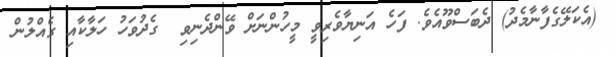
(އެކަލޭގެފާނާމެދު) ދެބަސްވޫއެވެ. ފަހެ އަނިޔާވެރިވީ މީހުންނަށް ވޭންދެނިވި  ގެދުވަހު ހަލާކާއި ގެއްލުން